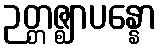
ဉတ္တဇ္ဈာပန္နော